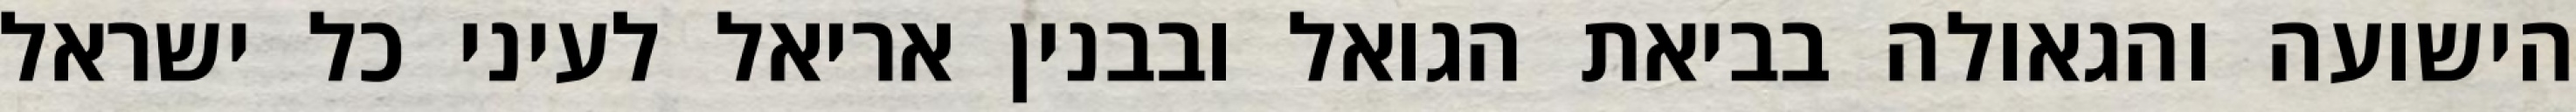
הישועה והגאולה בביאת הגואל ובבנין אריאל לעיני כל ישראל